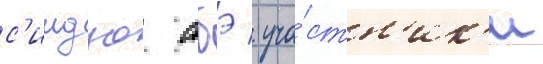
с'индзо абэ / уча́стн'ик'и